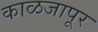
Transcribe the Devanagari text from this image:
काळजापूर